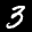
Label: 3